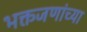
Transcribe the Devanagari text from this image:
भक्तजणांच्या